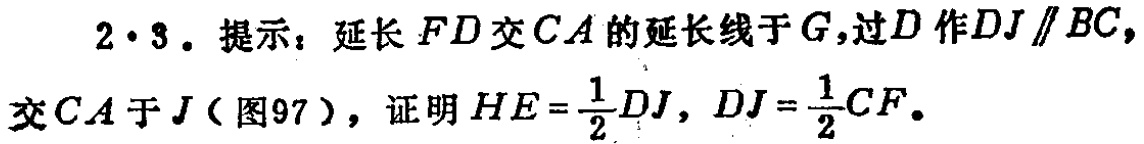
2·3. 提示：延长 \(FD\) 交 \(CA\) 的延长线于 \(G\)，过 \(D\) 作 \(DJ\parallel BC\)，交 \(CA\) 于 \(J\)（图97），证明 \(HE = \frac{1}{2}DJ\)，\(DJ = \frac{1}{2}CF\)。